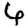
Digit: 6